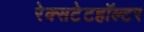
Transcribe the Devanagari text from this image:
रेक्सटेटहॉल्टर